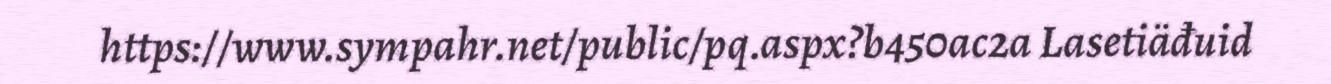
https://www.sympahr.net/public/pq.aspx?b450ac2a Lasetiäđuid